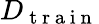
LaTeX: D_{\mathrm{~t~r~a~i~n~}}